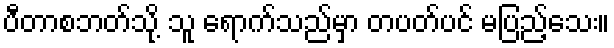
ပီတာစဘတ်သို့ သူ ရောက်သည်မှာ တပတ်ပင် မပြည့်သေး။